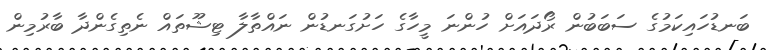
ބަނޑުހައިކަމުގެ ސަބަބުން ރޯދައަށް ހުންނަ މީހާގެ ހަށުގަނޑުން ނައްތާލާ ޓިޝޫތައް ނެތިގެންދާ ބާރުމިން